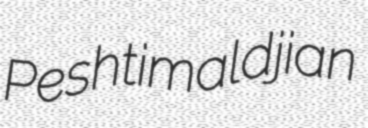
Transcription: Peshtimaldjian